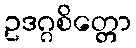
ဥဒဂ္ဂစိတ္တော